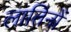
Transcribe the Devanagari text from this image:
लातिनों